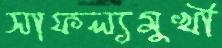
সাফল্যমুখী